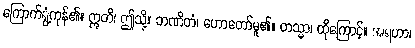
ကြောက်ရွံ့ကုန်၏။ ဣတိ၊ ဤသို့။ ဘဏိတံ၊ ဟောတော်မူ၏။ တသ္မာ၊ ထိုကြောင့်။ အရဟာ၊